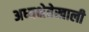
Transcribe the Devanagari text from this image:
अध्यक्षेतेखाली